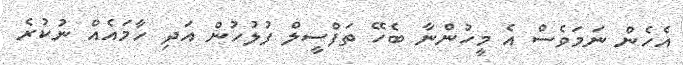
އެހެން ނަމަވެސް އެ މީހުންނާ ބެހޭ ތަފްސީލް ފުލުހުން އަދި ހާމައެއް ނުކުރެ